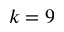
k = 9